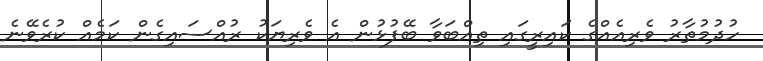
ހުދުމުތާރު ވެރިއެއްގެ ކައިރީގައި ތިއްބަވާ ބޭފުޅުން އެ ވެރިޔަކު ރުއްސައިގެން ކަމެއް ކުރެވޭނެ